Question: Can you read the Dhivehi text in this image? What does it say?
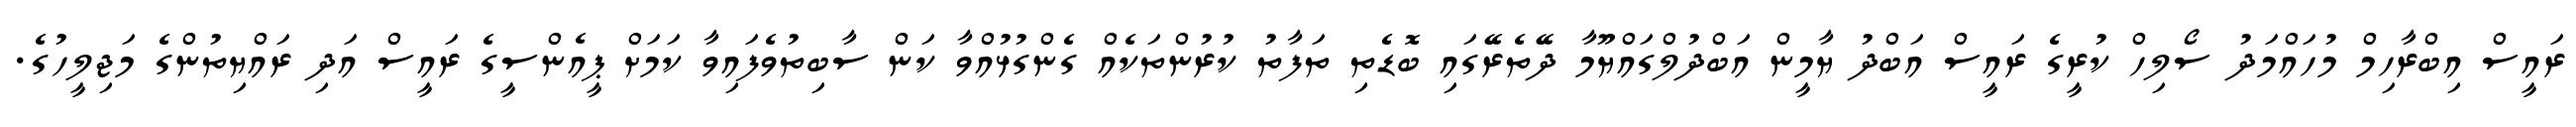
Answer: ރައީސް އިބްރާހިމް މުހައްމަދު ސޯލިހް ކުރީގެ ރައީސް އަބްދު ޔާމީން އަބްދުލްގައްޔޫމާ ދޭތެރޭގައި ބޮޑެތި ތަފާތު ކުރުންތަކެއް ގެންގުޅުއްވާ ކަން ސާބިތުވެފައިވާ ކަމަށް ޕީއެންސީގެ ރައީސް އަދި ރައްޔިތުންގެ މަޖިލީހުގެ.